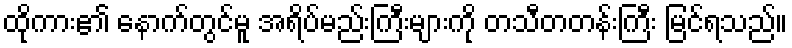
ထိုကား၏ နောက်တွင်မူ အရိပ်မည်းကြီးများကို တသီတတန်းကြီး မြင်ရသည်။